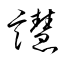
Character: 譿